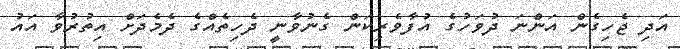
އަދި ޖެހިގެން އަންނަ ދުވަހުގެ އުފާވެރިކަން ގެނުވާނީ ދެހިތެއްގެ ދެމެދަށް އިތުރުވާ އައު